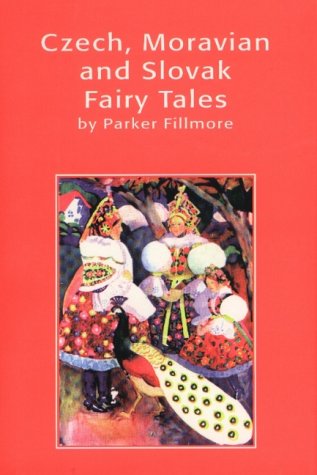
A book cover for Czech, Moravian and Slovak Fairy Tales (The Hippocrene Library of Folklore); Children's Books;